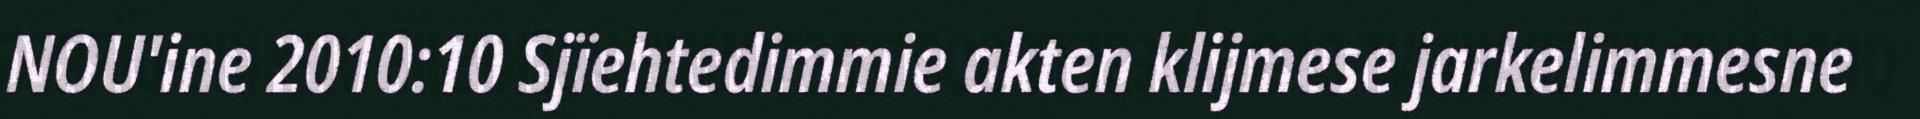
NOU'ine 2010:10 Sjïehtedimmie akten klijmese jarkelimmesne